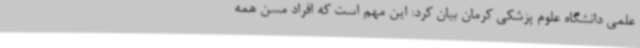
علمی دانشگاه علوم پزشکی کرمان بیان کرد: این مهم است که افراد مسن همه